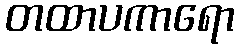
တထာပကာရော